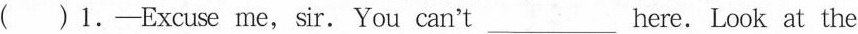
()1.-Excuse me, sir. You can't___ here.Look at the